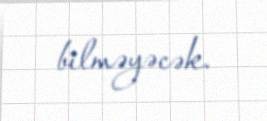
bilməyəcək.